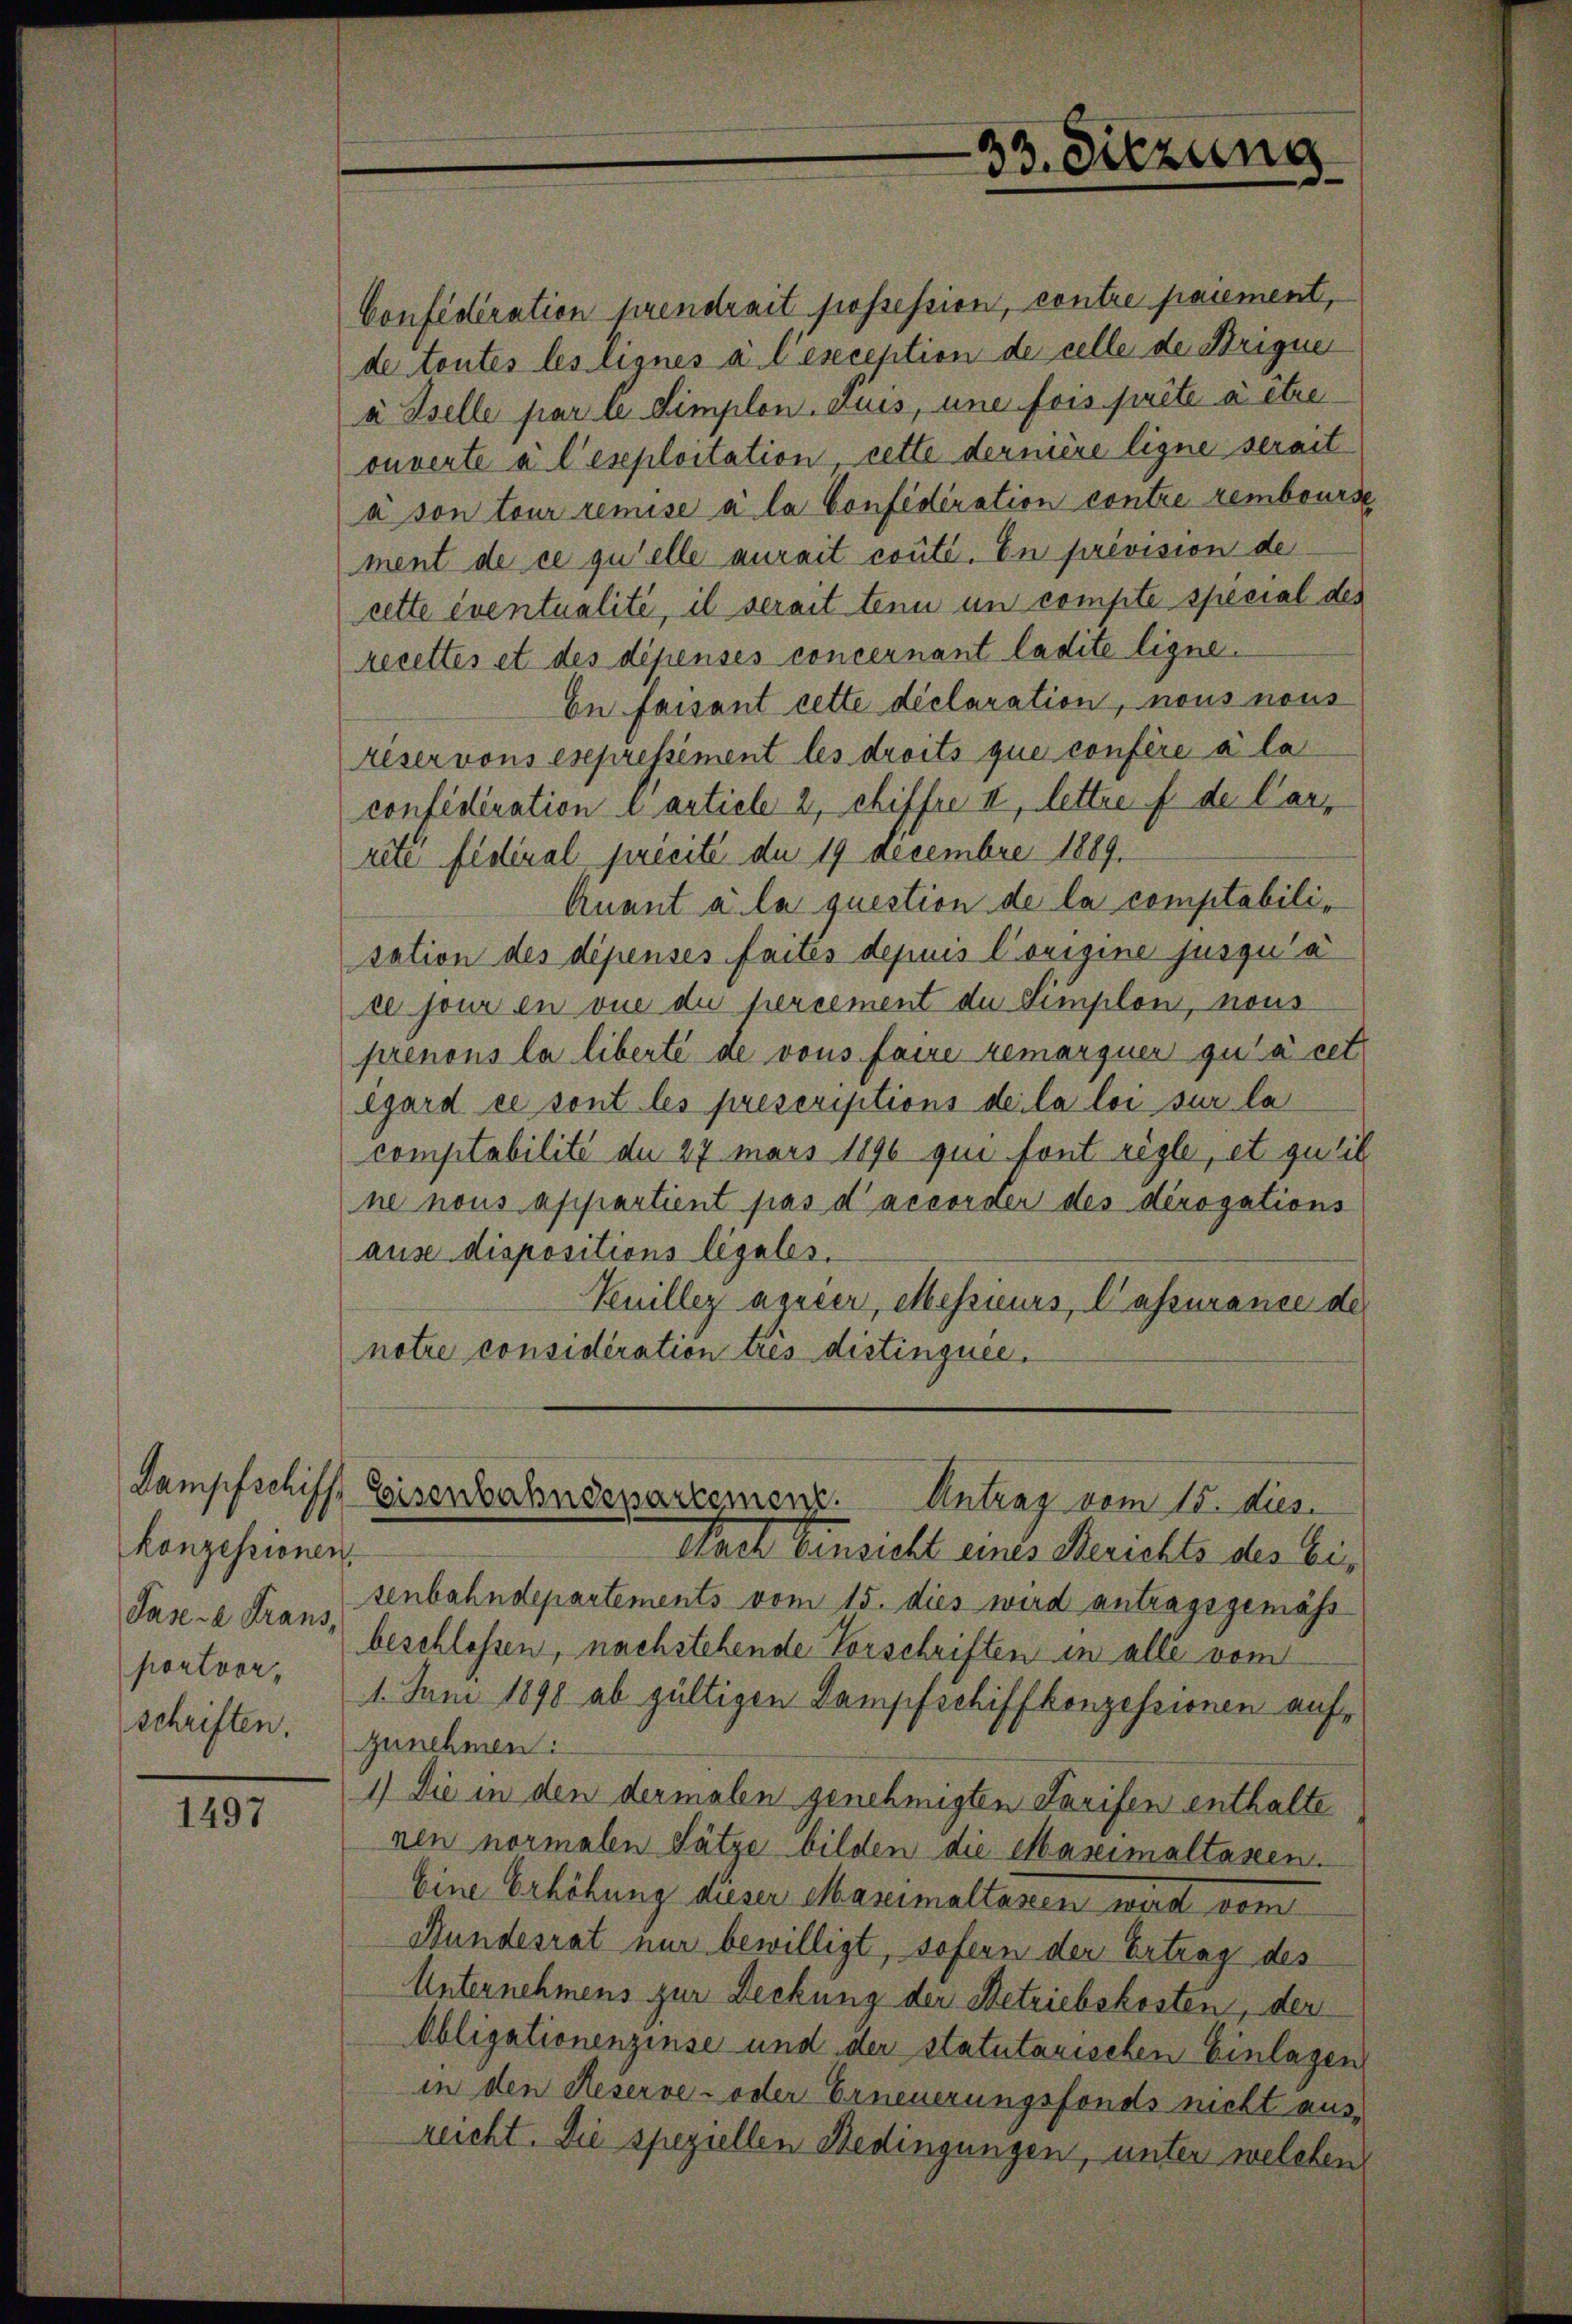
konzessionen.
portverschriften.

1497

33. Sitzung

Confederation prendrait possession, contre paiement,
de toutes les lignes à l’exception de celle der Brigue
a Iselle par le dimplon auss, une fois prété à être
ouverte à l’exploitation, cette dernière ligne serait
à son teur remise à la Confederation contre rembourse
ment de ce qu’elle aurait conte. In prevision de
cette eventualité, il serait tenu un compte special des
recettes et des dépensés concernant ladite ligne.
En faisant cette déclaration, nous nous
reser vons expressément les droits que confère à la
confidiration e artiele 2, chiffre III, lettre f der Carr
reté fédéral prieite du 19 Decembre 1889.
Quant a la question de la comptabilisation des dépenses faites depuis Corigine jusqu’a
ce jour en vue du percement du Simplon, nous
prenons la liberté de vous faire remarquer qu’à cet
egard ce sont les prescriptions dei la loi sur la
comptabilité de 27 mars 1896 qui font règle, et qu’il
ne nous appartient pas d’accorder des dérogations
ause dispositions legales.
Knillez aguier, Messieurs, lassurance des
notre considération tres distinguée.

Dampfschiff, Eisenbahndepartemenz. Antrag vom 15. dies

Nach Einsicht eines Berichts des Ei,
senbahndepartements vom 15. dies wird antragsgemäss
Pasere Trans, beschlossen, nachstehende Vorschriften in alle vom
1. Juni 1890 ab gültigen Dampfschiffkonzessionen auf-
zunehmen:
1) Die in den dermalen genehmigten Tarifen enthalte
nen normalen Sätze bilden die Maseimaltassen.
Eine Erhöhung dieser Maximaltassen wird vom
Bundesrat nur bewilligt, sofern der Ertrag des
Unternehmens zur Deckung der Betriebskosten, der
Obligationenzinse und der statutarischen Einlagen
in den Reserve- oder Erneuerungsfonds nicht ausreicht. Die speziellen Bedingungen, unter welchen